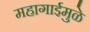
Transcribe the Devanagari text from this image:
महागाईमुळे